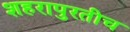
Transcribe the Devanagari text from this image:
शहरापुरतीच